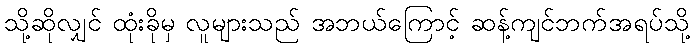
သို့ဆိုလျှင် ထုံးခိုမှ လူများသည် အဘယ်ကြောင့် ဆန့်ကျင်ဘက်အရပ်သို့